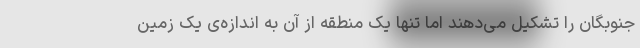
جنوبگان را تشکیل می‌دهند اما تنها یک منطقه از آن به اندازه‌ی یک زمین